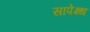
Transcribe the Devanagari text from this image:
सापेक्ष्थ